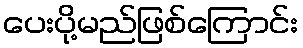
ပေးပို့မည်ဖြစ်ကြောင်း